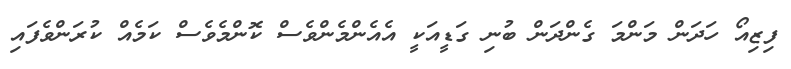
ފިޒިއޯ ހަދަން މަންމަ ގެންދަން ބުނި ގަޑީއަކީ އެއެންމެންވެސް ކޮންމެވެސް ކަމެއް ކުރަންވެފައި